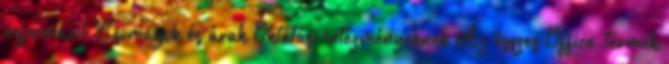
információ Csomagok és árak Oktatási intézményeknek Az összes Office-termék